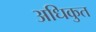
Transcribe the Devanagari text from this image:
अधिकुत